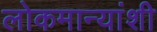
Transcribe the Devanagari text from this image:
लोकमान्यांशी